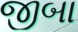
જીબા